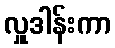
လှူဒါန်းကာ